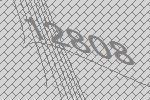
12808